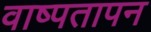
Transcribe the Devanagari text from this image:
वाष्पतापन